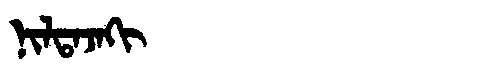
Manchu: ᠨᡳᠯᡨᠠᠵᠠᡴᡳ
Romanization: NILTAJAKI